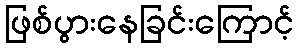
ဖြစ်ပွားနေခြင်းကြောင့်